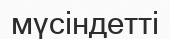
мүсіндетті